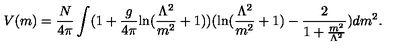
V ( m ) = \frac { N } { 4 \pi } \int ( 1 + \frac { g } { 4 \pi } \mathrm { l n } ( \frac { \Lambda ^ { 2 } } { m ^ { 2 } } + 1 ) ) ( \mathrm { l n } ( \frac { \Lambda ^ { 2 } } { m ^ { 2 } } + 1 ) - \frac { 2 } { 1 + \frac { m ^ { 2 } } { \Lambda ^ { 2 } } } ) d m ^ { 2 } .